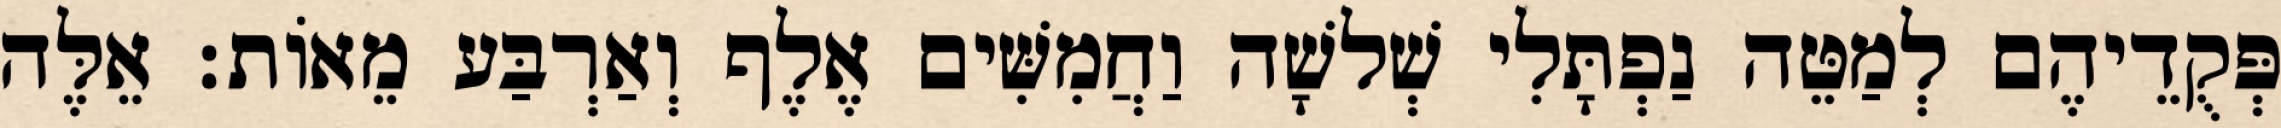
פְּקֻדֵיהֶם לְמַטֵּה נַפְתָּלִי שְׁלשָׁה וַחֲמִשִּׁים אֶלֶף וְאַרְבַּע מֵאוֹת׃ אֵלֶּה